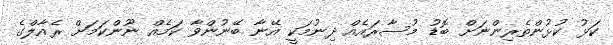
ކަޅު ކުޅުންތެރިންނަށް ބޮޑު މުސާރައެއް ދިނުމަކީ އޭނާ ބޭނުންވާ ކަމެއް ނޫންކަމަށް ރެއާލްގެ